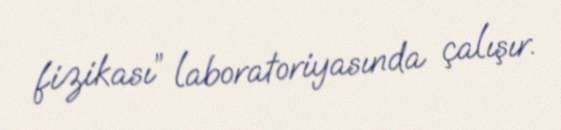
fizikası” laboratoriyasında çalışır.